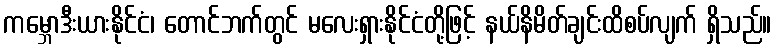
ကမ္ဘောဒီးယားနိုင်ငံ၊ တောင်ဘက်တွင် မလေးရှားနိုင်ငံတို့ဖြင့် နယ်နိမိတ်ချင်းထိစပ်လျက် ရှိသည်။